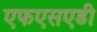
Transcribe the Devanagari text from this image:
एफएसएडी